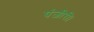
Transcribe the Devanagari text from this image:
पंजीरी।